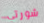
شورتي